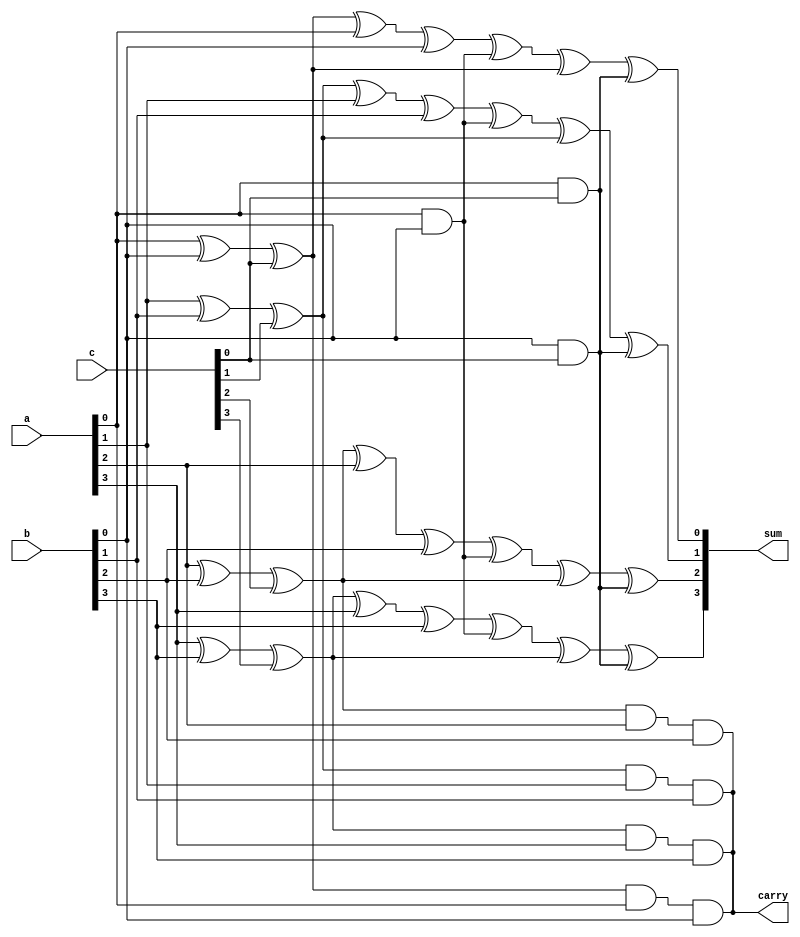
module CarrySaveAdder(
    input [3:0] a,
    input [3:0] b,
    input [3:0] c,
    output [3:0] sum,
    output carry
);

wire [3:0] s1, s2, s3;
wire c1, c2;

// Combinational Logic Block 1
xor x1(s1[0], a[0], b[0], c[0]);
xor x2(s1[1], a[1], b[1], c[1]);
xor x3(s1[2], a[2], b[2], c[2]);
xor x4(s1[3], a[3], b[3], c[3]);

and a1(c1, a[0], b[0]);
and a2(c2, a[0], c[0]);
and a3(c2, b[0], c[0]);

// Combinational Logic Block 2
xor x5(s2[0], s1[0], a[0], b[0], c1);
xor x6(s2[1], s1[1], a[1], b[1], c1);
xor x7(s2[2], s1[2], a[2], b[2], c1);
xor x8(s2[3], s1[3], a[3], b[3], c1);

and a4(carry, s1[0], a[0], b[0]);
and a5(carry, s1[1], a[1], b[1]);
and a6(carry, s1[2], a[2], b[2]);
and a7(carry, s1[3], a[3], b[3]);

// Combinational Logic Block 3
xor x9(sum[0], s2[0], s1[0], c2);
xor x10(sum[1], s2[1], s1[1], c2);
xor x11(sum[2], s2[2], s1[2], c2);
xor x12(sum[3], s2[3], s1[3], c2);

endmodule